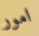
امور